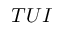
T U I